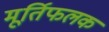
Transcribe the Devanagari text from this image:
मूर्तिफलक